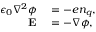
\begin{array} { r l } { \epsilon _ { 0 } \nabla ^ { 2 } \phi } & { { } = - e n _ { q } , } \\ { { \bf E } } & { { } = - \nabla \phi , } \end{array}